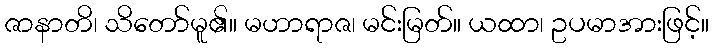
ဇာနာတိ၊ သိတော်မူ၏။ မဟာရာဇ၊ မင်းမြတ်။ ယထာ၊ ဥပမာအားဖြင့်။